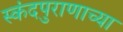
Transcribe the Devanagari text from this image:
स्कंदपुराणाच्या